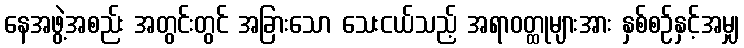
နေအဖွဲ့အစည်း အတွင်းတွင် အခြားသော သေးငယ်သည့် အရာဝတ္ထုများအား နှစ်စဉ်နှင့်အမျှ